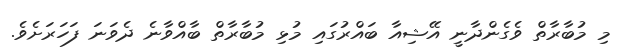
މި މުބާރާތް ވެގެންދާނީ އޭޝިއާ ބައްރުގައި މުޅި މުބާރާތް ބާއްވާނެ ދެވަނަ ފަހަރަށެވެ.